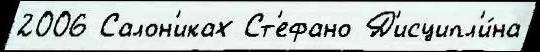
2006 Салон'иках Ст'ефано Д'исципл'и́на